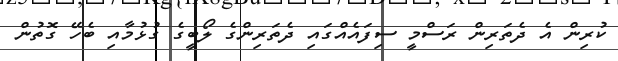
ކުރިން އެ ދެތަރިން ރަސްމީ ސިފައެއްގައި ދެތަރިންގެ ލޯބީގެ ގުޅުމާއި ބެހޭ ގޮތުން